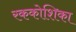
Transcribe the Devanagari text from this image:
रककोशिका